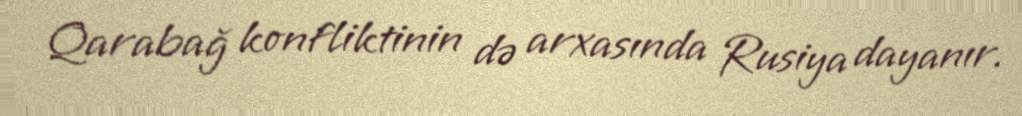
Qarabağ konfliktinin də arxasında Rusiya dayanır.